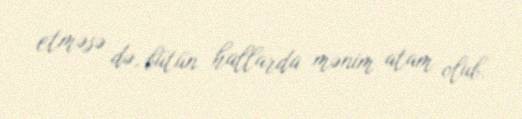
etməsə də, bütün hallarda mənim atam olub.